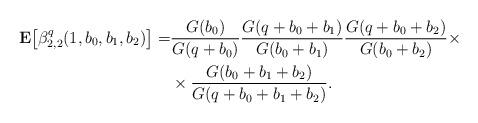
LaTeX: \begin{align*}{\bf E}\bigl[\beta_{2,2}^q(1, b_0, b_1, b_2)\bigr] = & \frac{G(b_0)}{G(q+b_0)}\frac{G(q+b_0+b_1)}{G(b_0+b_1)}\frac{G(q+b_0+b_2)}{G(b_0+b_2)}\times \\ & \times\frac{G(b_0+b_1+b_2)}{G(q+b_0+b_1+b_2)}.\end{align*}